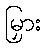
မြှား